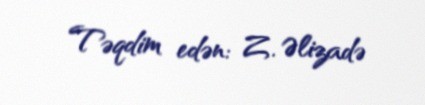
Təqdim edən: Z. Əlizadə